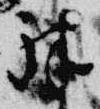
殊